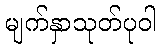
မျက်နှာသုတ်ပုဝါ